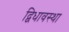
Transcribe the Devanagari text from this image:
द्विधावस्था